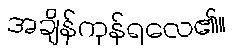
အချိန်ကုန်ရလေ၏။